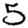
Digit: 5